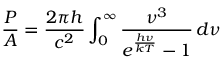
{ \frac { P } { A } } = { \frac { 2 \pi h } { c ^ { 2 } } } \int _ { 0 } ^ { \infty } { \frac { \nu ^ { 3 } } { e ^ { \frac { h \nu } { k T } } - 1 } } \, d \nu